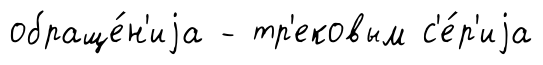
обраще́н'иjа - тр'ековым с'е́р'иjа